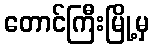
တောင်ကြီးမြို့မှ